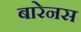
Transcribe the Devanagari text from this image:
बारेनस